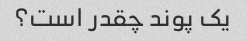
یک پوند چقدر است؟